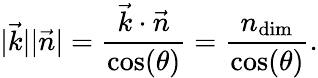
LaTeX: \vert\vec{k}\vert\vert\vec{n}\vert=\frac{\vec{k}\cdot\vec{n}}{\cos(\theta)}=\frac{n_{\mathrm{dim}}}{\cos(\theta)}.